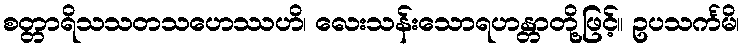
စတ္တာရိသသတသဟေဿဟိ၊ လေးသန်းသောရဟန္တာတို့ဖြင့်။ ဥပသင်္ကမိ၊